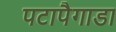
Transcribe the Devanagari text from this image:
पटापैगाडा